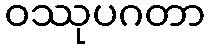
ဝဿုပဂတာ